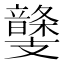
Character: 𩐾